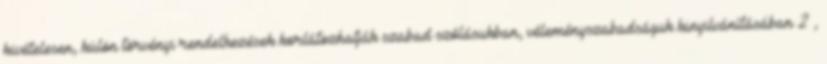
kivételesen, külön törvényi rendelkezések korlátozhatják szabad szólásukban, véleményszabadságuk kinyilvánításában 2 ,